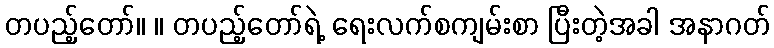
တပည့်တော်။ ။ တပည့်တော်ရဲ့ ရေးလက်စကျမ်းစာ ပြီးတဲ့အခါ အနာဂတ်